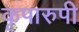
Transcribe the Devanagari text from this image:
कृपारुपी